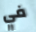
في